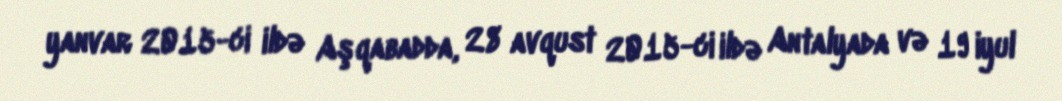
yanvar 2015-ci ildə Aşqabadda, 28 avqust 2015-ci ildə Antalyada və 19 iyul